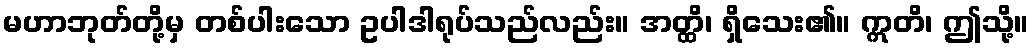
မဟာဘုတ်တို့မှ တစ်ပါးသော ဥပါဒါရုပ်သည်လည်း။ အတ္ထိ၊ ရှိသေး၏။ ဣတိ၊ ဤသို့။